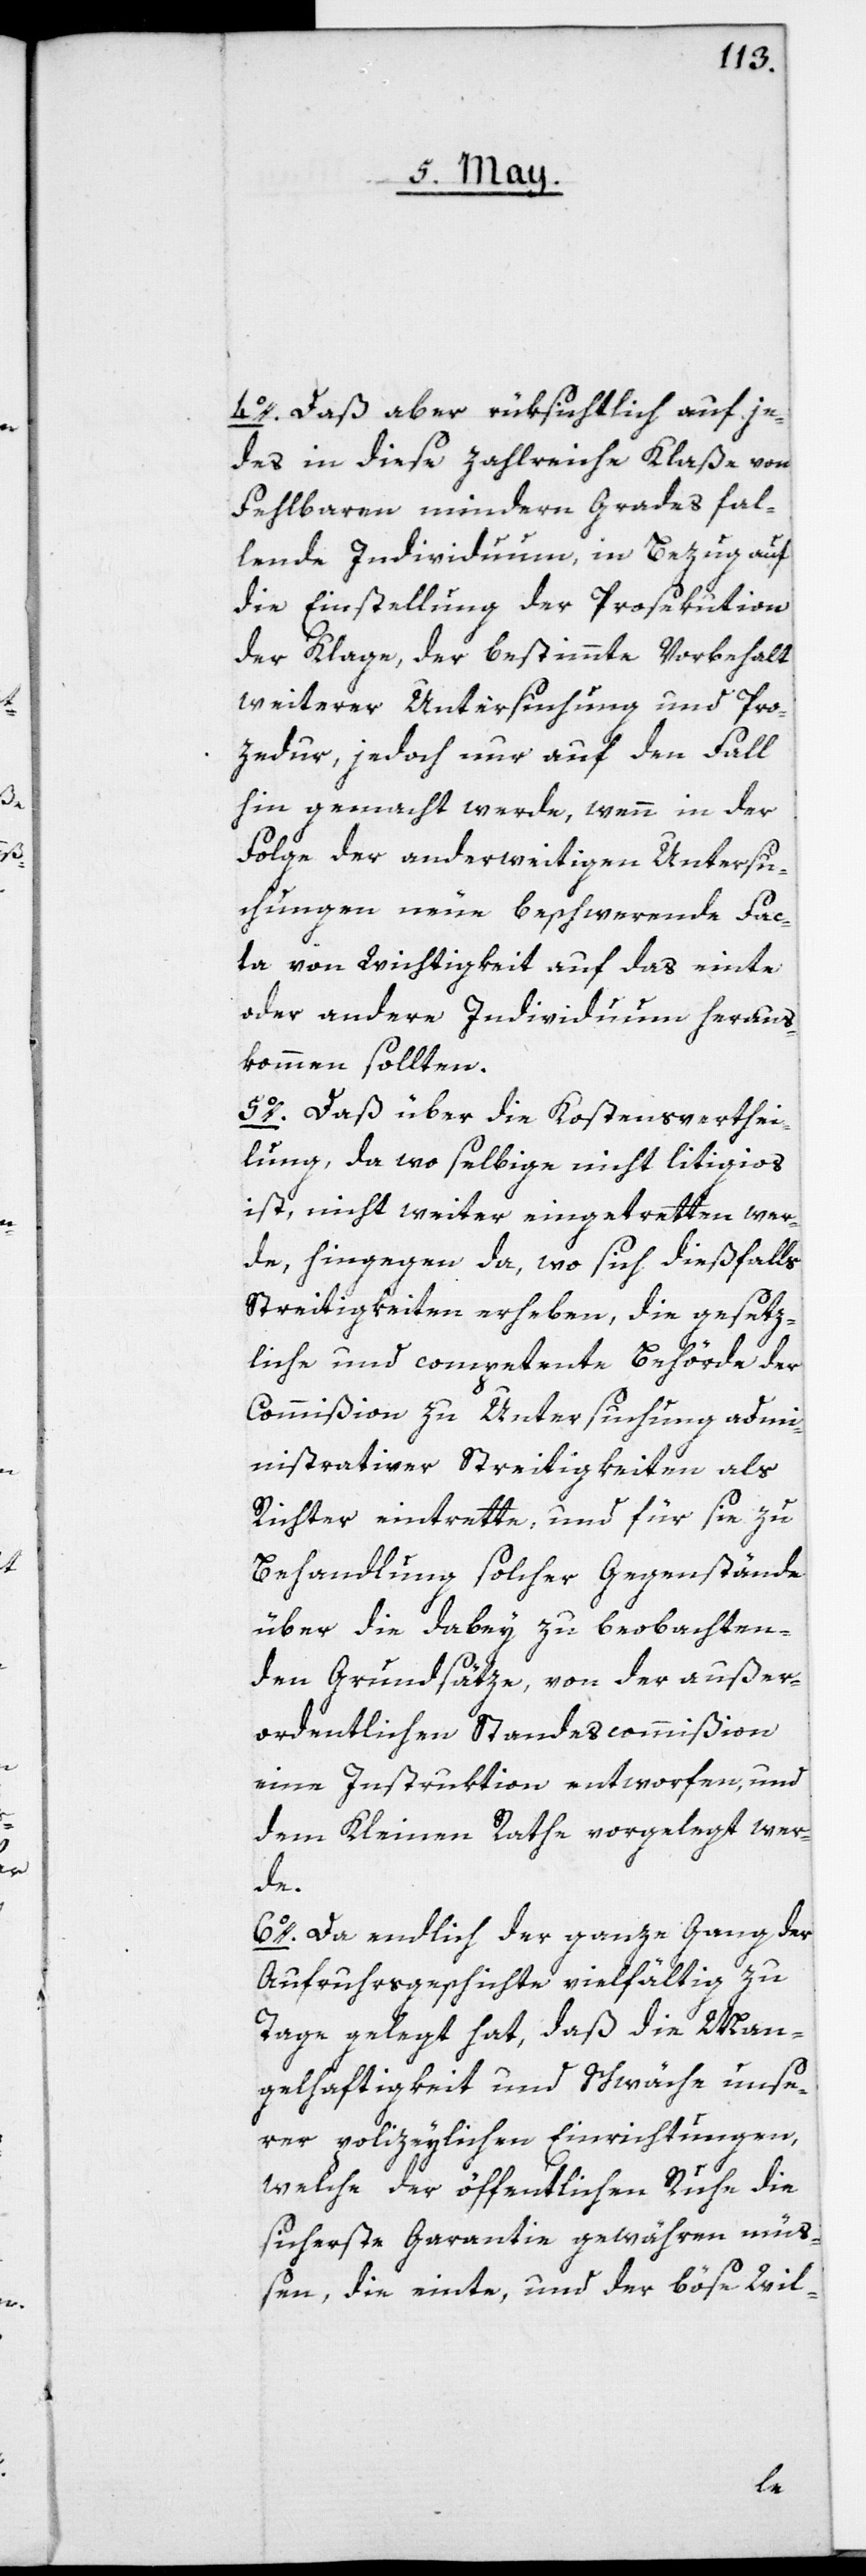
4o. Daß aber rüksichtlich auf je¬
des in diese zahlreiche Klaße von
Fehlbaren mindern Grades fal¬
lende Individuum, in Bezug auf
die Einstellung der Prosekution
der Klage, der bestimmte Vorbehalt
weiterer Untersuchung und Pro¬
zedur, jedoch nur auf den Fall
hin gemacht werde, wenn in der
Folge der anderweitigen Untersu¬
chungen neue beschwerende Fac¬
ta von Wichtigkeit auf das einte
oder andere Individuum heraus¬
kommen sollten.
5o. Daß über die Kostensverthei¬
lung, da wo selbige nicht litigios
ist, nicht weiter eintretten wer¬
de, hingegen da, wo sich dießfalls
Streitigkeiten erheben, die gesetz¬
liche und competente Behörde der
Commißion zu Untersuchung adm¬
inistrativer Streitigkeiten als
Richter eintrette, und für sie zu
Behandlung solcher Gegenstände
über die dabey zu beobachten¬
den Grundsätze, von der außer¬
ordentlichen Standescommißion
eine Instruktion entworfen, und
dem Kleinen Rathe vorgelegt wer¬
de.
6o. Da endlich der ganze Gang der
Aufruhrsgeschichte vielfältig zu
Tage gelegt hat, daß die Man¬
gelhaftigkeit und Schwäche unse¬
rer polizeylichen Einrichtungen,
welche der öffentlichen Ruhe die
sicherste Garantie gewähren mü¬
ßen, die einte, und der böse Wil-